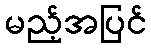
မည့်အပြင်